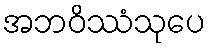
အဘဝိဿံသုပေ